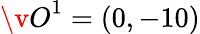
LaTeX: {\v O}^{1}=(0,-10)